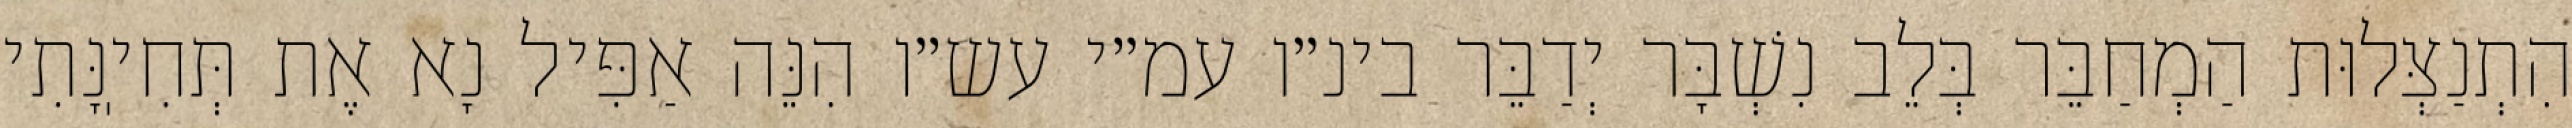
הִתְנַצְּלוּת הַמְחַבֵּר בְּלֵב נִשְׁבָּר יְדַבֵּר בינ״ו עמ״י עש״ו הִנֵּה אַפִּיל נָא אֶת תְּחִיֽנָּתִי